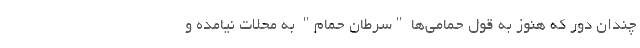
چندان دور که هنوز به قول حمامی‌ها "سرطان حمام" به محلات نیامده و